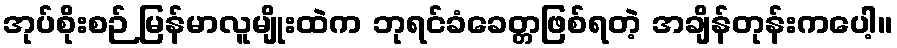
အုပ်စိုးစဉ် မြန်မာလူမျိုးထဲက ဘုရင်ခံခေတ္တဖြစ်ရတဲ့ အချိန်တုန်းကပေါ့။